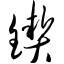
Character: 锲